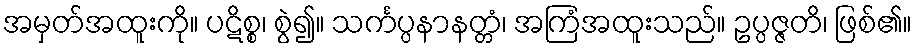
အမှတ်အထူးကို။ ပဋိစ္စ၊ စွဲ၍။ သင်္ကပ္ပနာနတ္တံ၊ အကြံအထူးသည်။ ဥပ္ပဇ္ဇတိ၊ ဖြစ်၏။